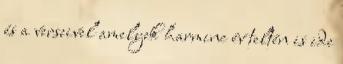
és a verseivel amelyek harminc év teltén is ide